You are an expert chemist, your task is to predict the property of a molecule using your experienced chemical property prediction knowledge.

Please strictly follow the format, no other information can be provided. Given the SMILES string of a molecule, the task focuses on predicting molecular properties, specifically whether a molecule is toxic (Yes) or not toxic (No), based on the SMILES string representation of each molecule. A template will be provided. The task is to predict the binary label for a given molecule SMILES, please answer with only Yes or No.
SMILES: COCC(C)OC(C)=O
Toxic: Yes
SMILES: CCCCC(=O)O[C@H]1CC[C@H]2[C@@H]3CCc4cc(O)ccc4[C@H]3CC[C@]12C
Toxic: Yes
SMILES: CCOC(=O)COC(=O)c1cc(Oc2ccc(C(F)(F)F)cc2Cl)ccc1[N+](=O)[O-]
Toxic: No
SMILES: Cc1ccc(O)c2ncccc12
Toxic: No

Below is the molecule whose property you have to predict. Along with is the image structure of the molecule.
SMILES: Oc1ccc(O)cc1
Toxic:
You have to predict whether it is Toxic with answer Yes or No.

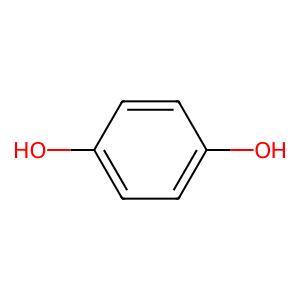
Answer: No